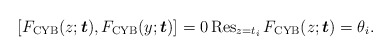
\begin{gather*} [F_{\rm CYB}(z;{\boldsymbol{t}}),F_{\rm CYB}(y;{\boldsymbol{t}})]=0 \operatorname{Res}_{z=t_{i}}F_{\rm CYB}(z;{\boldsymbol{t}}) =\theta_i .\end{gather*}